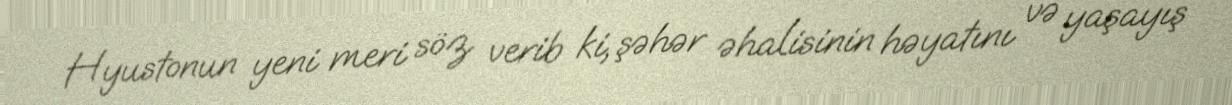
Hyustonun yeni meri söz verib ki, şəhər əhalisinin həyatını və yaşayış